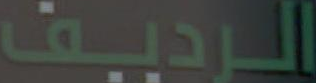
الرديف